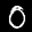
Label: 0